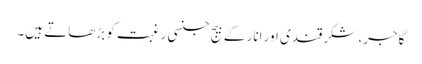
گاجر، شکرقندی اور انار کے بیج جنسی رغبت کو بڑھاتے ہیں۔